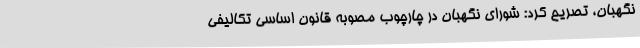
نگهبان، تصریح کرد: شورای نگهبان در چارچوب مصوبه قانون اساسی تکالیفی